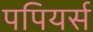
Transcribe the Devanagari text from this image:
पपियर्स